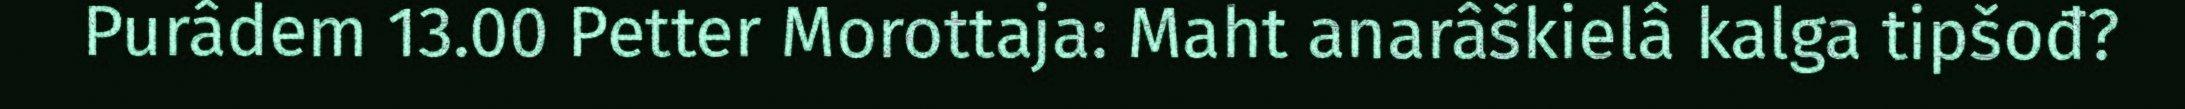
Purâdem 13.00 Petter Morottaja: Maht anarâškielâ kalga tipšođ?